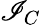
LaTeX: \mathscr{I}_{C}